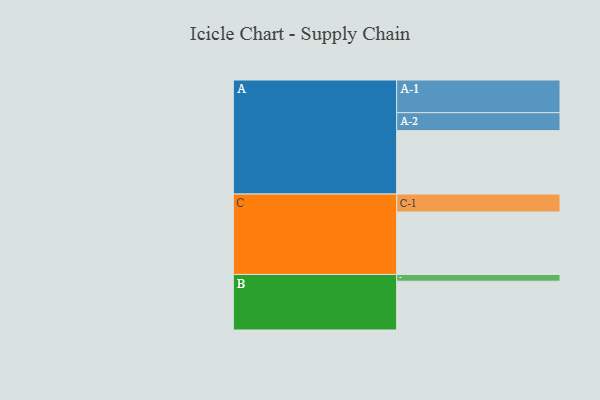
{"axis": {"x": "Segment", "y": "Value"}, "legend": ["", "A", "B", "C"], "data": [{"x": "A", "y": 547, "type": ""}, {"x": "B", "y": 421, "type": ""}, {"x": "C", "y": 539, "type": ""}, {"x": "A-1", "y": 282, "type": "A"}, {"x": "A-2", "y": 155, "type": "A"}, {"x": "B-1", "y": 58, "type": "B"}, {"x": "C-1", "y": 155, "type": "C"}]}